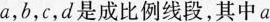
a，b，c，d是成比例线段，其中$$a